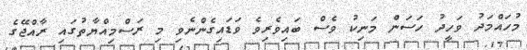
މުހައްމަދު ވަހީދު ހަސަން މަނިކު ވެސް ބައިވެރިވެ ވަޑައިގެންނެވި މި ރަސްމިއްޔާތުގައި ރާއްޖޭގެ